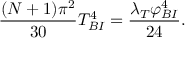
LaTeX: \frac { ( N + 1 ) \pi ^ { 2 } } { 3 0 } T _ { B I } ^ { 4 } = \frac { \lambda _ { T } \varphi _ { B I } ^ { 4 } } { 2 4 } .